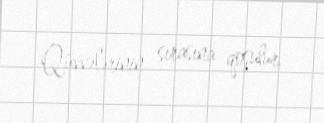
Qüvvələrinin sırasına qoşulur.